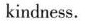
kindness.